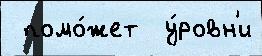
 помо́жет  у́ровн'и